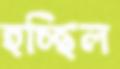
হচ্ছিল